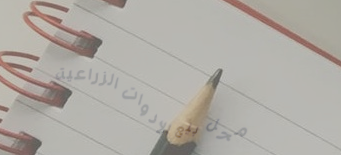
محل بيع الأدوات الزراعية